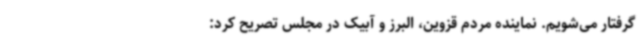
گرفتار می‌شویم. نماینده مردم قزوین، البرز و آبیک در مجلس تصریح کرد: